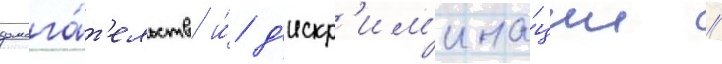
домога́т'ельств и́ д'искр'им'ина́ции //